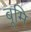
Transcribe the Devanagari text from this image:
बूमि